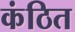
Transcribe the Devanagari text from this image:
कंठित